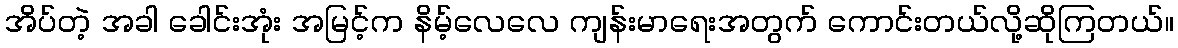
အိပ်တဲ့ အခါ ခေါင်းအုံး အမြင့်က နိမ့်လေလေ ကျန်းမာရေးအတွက် ကောင်းတယ်လို့ဆိုကြတယ်။